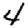
Digit: 4